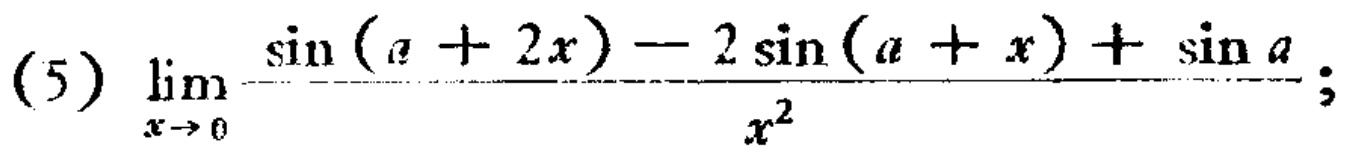
\[\lim_{x \to 0} \frac{\sin (a + 2x) - 2\sin (a + x) + \sin a}{x^{2}};\]